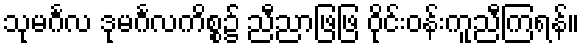
သုမင်္ဂလ ဒုမင်္ဂလကိစ္စ၌ ညီညာဖြဖြ ဝိုင်းဝန်းကူညီကြရန်။